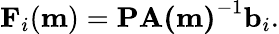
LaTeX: \mathbf{F}_{i}(\mathbf{m})=\mathbf{P}\mathbf{A(m)}^{-1}\mathbf{b}_{i}.